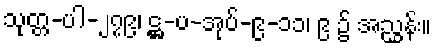
သုတ္တ-ပါ-၂၇၉၊ ဋ္ဌ-ပ-အုပ်-၉-၁၁၊ ၉ ၌ အညွှန်း။